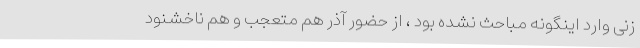
زنی وارد اینگونه مباحث نشده بود ، از حضور آذر هم متعجب و هم ناخشنود